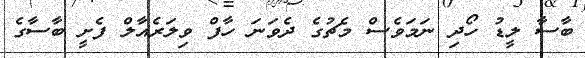
ބާސާ ލީޑު ހޯދި ނަމަވެސް މެޗުގެ ދެވަނަ ހާފް ވިލަރެއާލް ފެށީ ބާސާގެ